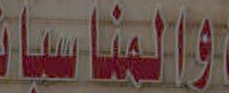
والمناسبار